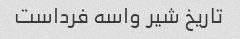
تاریخ شیر واسه فرداست